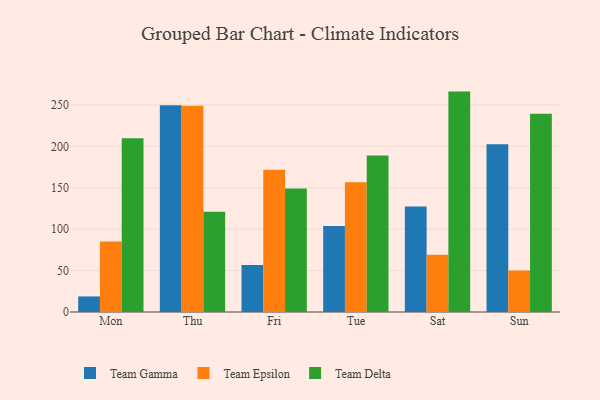
{"axis": {"x": "Day", "y": "Website Visitors"}, "legend": ["Team Delta", "Team Epsilon", "Team Gamma"], "data": [{"x": "Mon", "y": 18.8, "type": "Team Gamma"}, {"x": "Mon", "y": 85.2, "type": "Team Epsilon"}, {"x": "Mon", "y": 209.8, "type": "Team Delta"}, {"x": "Thu", "y": 249.5, "type": "Team Gamma"}, {"x": "Thu", "y": 249.0, "type": "Team Epsilon"}, {"x": "Thu", "y": 121.0, "type": "Team Delta"}, {"x": "Fri", "y": 56.6, "type": "Team Gamma"}, {"x": "Fri", "y": 171.6, "type": "Team Epsilon"}, {"x": "Fri", "y": 149.2, "type": "Team Delta"}, {"x": "Tue", "y": 103.7, "type": "Team Gamma"}, {"x": "Tue", "y": 156.6, "type": "Team Epsilon"}, {"x": "Tue", "y": 189.1, "type": "Team Delta"}, {"x": "Sat", "y": 127.3, "type": "Team Gamma"}, {"x": "Sat", "y": 69.2, "type": "Team Epsilon"}, {"x": "Sat", "y": 266.1, "type": "Team Delta"}, {"x": "Sun", "y": 202.5, "type": "Team Gamma"}, {"x": "Sun", "y": 50.1, "type": "Team Epsilon"}, {"x": "Sun", "y": 239.5, "type": "Team Delta"}]}